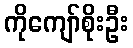
ကိုကျော်စိုးဦး